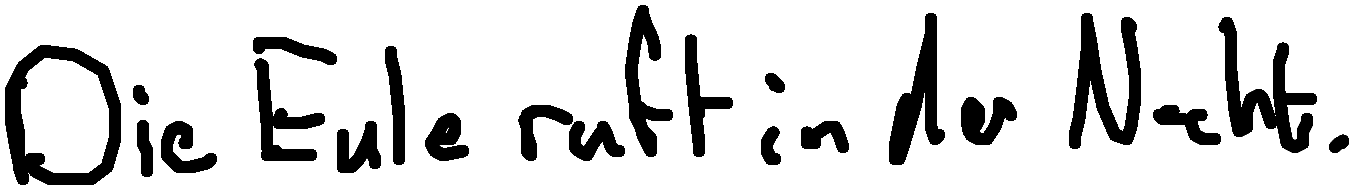
Die Eule ruft in der Nacht.